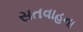
સતવાહના